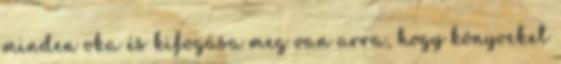
minden oka és kifogása meg van arra, hogy könyveket